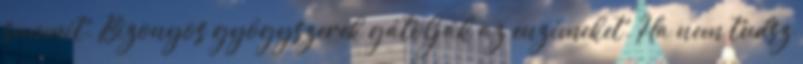
semmit. Bizonyos gyógyszerek gátolják az enzimeket. Ha nem tudsz